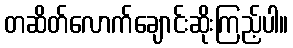
တဆိတ်လောက်ချောင်းဆိုးကြည့်ပါ။